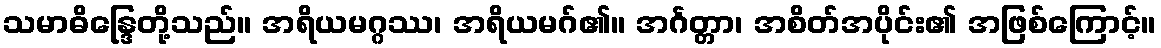
သမာဓိန္ဒြေတို့သည်။ အရိယမဂ္ဂဿ၊ အရိယမဂ်၏။ အင်္ဂတ္တာ၊ အစိတ်အပိုင်း၏ အဖြစ်ကြောင့်။